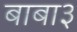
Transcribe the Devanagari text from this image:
बाबा३